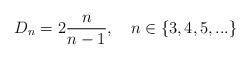
LaTeX: \begin{align*}D_n = 2 \frac{n}{n-1}, \quad n \in \{ 3,4,5,... \}\end{align*}